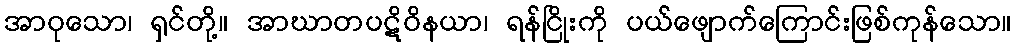
အာဝုသော၊ ရှင်တို့။ အာဃာတပဋိဝိနယာ၊ ရန်ငြိုးကို ပယ်ဖျောက်ကြောင်းဖြစ်ကုန်သော။